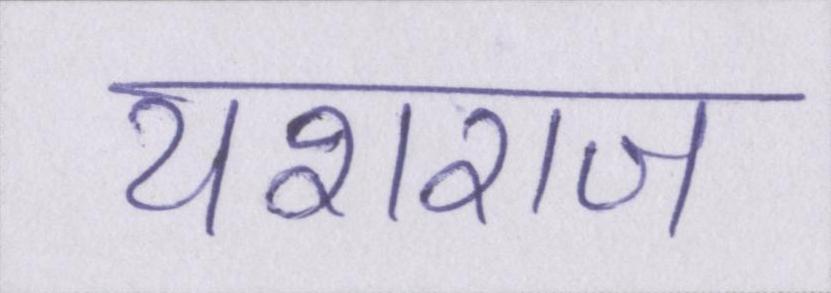
यशराज